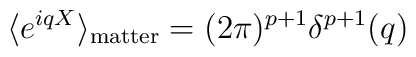
\langle e^{iqX}\rangle_{\mathrm{matter}}=(2\pi)^{p+1}\delta^{p+1}(q)